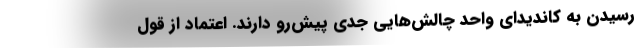
رسیدن به کاندیدای واحد چالش‌هایی جدی پیش‌رو دارند. اعتماد از قول